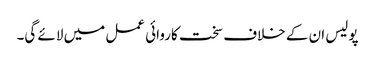
پولیس ان کے خلاف سخت کاروائی عمل میں لائے گی۔